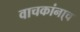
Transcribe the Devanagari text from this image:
वाचकांना्च